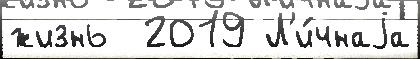
жизнь  2019 Л'и́чнаjа